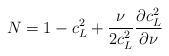
LaTeX: \begin{align*}N=1-c_L^2+\frac \nu {2c_L^2}\frac{\partial c_L^2}{\partial \nu } \end{align*}